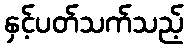
နှင့်ပတ်သက်သည့်